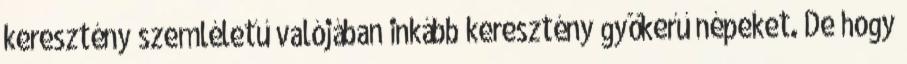
keresztény szemléletű valójában inkább keresztény gyökerű népeket. De hogy